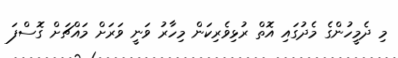
މި ދެމީހުންގެ މެދުގައި އޮތް ރުޅިވެރިކަން މިހާރު ވަނީ ވަރަށް މައްޗަށް ގޮސްފަ